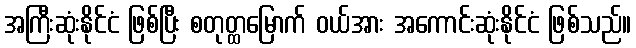
အကြီးဆုံးနိုင်ငံ ဖြစ်ပြီး စတုတ္ထမြောက် ဝယ်အား အကောင်းဆုံးနိုင်ငံ ဖြစ်သည်။